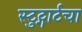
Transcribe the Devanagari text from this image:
स्टुट्गार्टचा